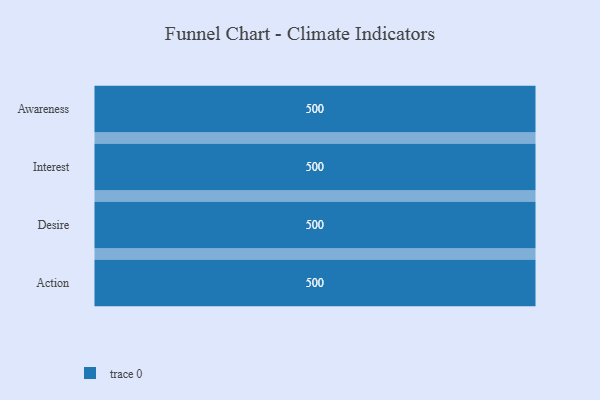
{"axis": {"x": "Stage", "y": "Value"}, "legend": [""], "data": [{"x": "Awareness", "y": 500, "type": ""}, {"x": "Interest", "y": 500, "type": ""}, {"x": "Desire", "y": 500, "type": ""}, {"x": "Action", "y": 500, "type": ""}]}